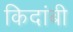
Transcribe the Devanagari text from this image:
किदांबी